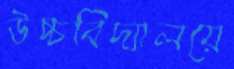
উচ্চবিদ্যালয়ে